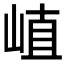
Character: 𡸜